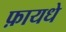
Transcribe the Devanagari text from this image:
फ़ायधे